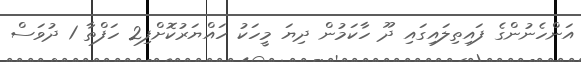
އަންހެނުންގެ ފައިތިލައިގައި ދޫ ހާކަމުން ދިޔަ މީހަކު ހައްޔަރުކޮށްފި2 ހަފްތާ 1 ދުވަސް